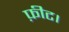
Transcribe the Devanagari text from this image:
फ़ीट।